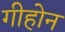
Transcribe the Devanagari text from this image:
गीहोन